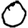
Digit: 0